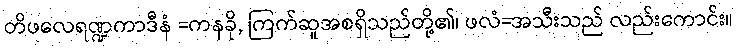
တိဖလေရဏ္ဍကာဒီနံ =ကနခို, ကြက်ဆူအစရှိသည်တို့၏၊ ဖလံ=အသီးသည် လည်းကောင်း။